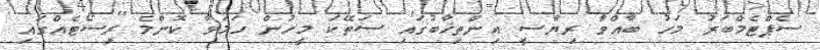
ސެޕްޓެމްބަރު މަހު ބާއްވާ ރިޔާސީ އިންތިޚާބުގައި ސަތޭކަ މީހުން ހަމަވާ ކޮންމެ ރިސޯޓެއްގައި